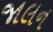
જાલન